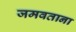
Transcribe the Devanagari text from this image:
जमवताना